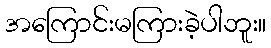
အကြောင်းမကြားခဲ့ပါဘူး။